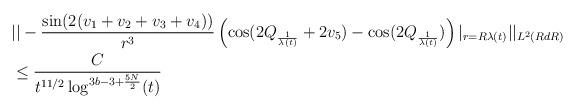
LaTeX: \begin{align*} &||-\frac{\sin(2(v_{1}+v_{2}+v_{3}+v_{4}))}{r^{3}} \left(\cos(2Q_{\frac{1}{\lambda(t)}}+2v_{5})-\cos(2Q_{\frac{1}{\lambda(t)}})\right)\vert_{r = R\lambda(t)}||_{L^{2}(R dR)} \\&\leq \frac{C}{t^{11/2} \log^{3b-3+\frac{5N}{2}}(t)}\end{align*}